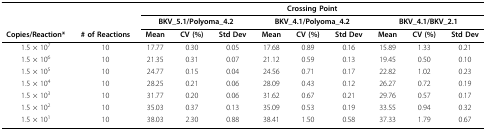
<table><thead><tr><td></td><td></td><td colspan="9"><b>Crossing Point</b></td></tr><tr><td></td><td></td><td colspan="3"><b>BKV_5.1/Polyoma_4.2</b></td><td colspan="3"><b>BKV_4.1/Polyoma_4.2</b></td><td colspan="3"><b>BKV_4.1/BKV_2.1</b></td></tr><tr><td><b>Copies/Reaction*</b></td><td><b># of Reactions</b></td><td><b>Mean</b></td><td><b>CV (%)</b></td><td><b>Std Dev</b></td><td><b>Mean</b></td><td><b>CV (%)</b></td><td><b>Std Dev</b></td><td><b>Mean</b></td><td><b>CV (%)</b></td><td><b>Std Dev</b></td></tr></thead><tbody><tr><td>1.5 × 10<sup>7</sup></td><td>10</td><td>17.77</td><td>0.30</td><td>0.05</td><td>17.68</td><td>0.89</td><td>0.16</td><td>15.89</td><td>1.33</td><td>0.21</td></tr><tr><td>1.5 × 10<sup>6</sup></td><td>10</td><td>21.35</td><td>0.31</td><td>0.07</td><td>21.12</td><td>0.59</td><td>0.13</td><td>19.45</td><td>0.50</td><td>0.10</td></tr><tr><td>1.5 × 10<sup>5</sup></td><td>10</td><td>24.77</td><td>0.15</td><td>0.04</td><td>24.56</td><td>0.71</td><td>0.17</td><td>22.82</td><td>1.02</td><td>0.23</td></tr><tr><td>1.5 × 10<sup>4</sup></td><td>10</td><td>28.25</td><td>0.21</td><td>0.06</td><td>28.09</td><td>0.43</td><td>0.12</td><td>26.27</td><td>0.72</td><td>0.19</td></tr><tr><td>1.5 × 10<sup>3</sup></td><td>10</td><td>31.77</td><td>0.20</td><td>0.06</td><td>31.62</td><td>0.67</td><td>0.21</td><td>29.76</td><td>0.57</td><td>0.17</td></tr><tr><td>1.5 × 10<sup>2</sup></td><td>10</td><td>35.03</td><td>0.37</td><td>0.13</td><td>35.09</td><td>0.53</td><td>0.19</td><td>33.55</td><td>0.94</td><td>0.32</td></tr><tr><td>1.5 × 10<sup>1</sup></td><td>10</td><td>38.03</td><td>2.30</td><td>0.88</td><td>38.41</td><td>1.50</td><td>0.58</td><td>37.33</td><td>1.79</td><td>0.67</td></tr></tbody></table>